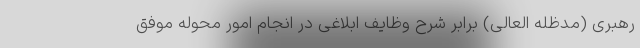
رهبری (مدظله العالی) برابر شرح وظایف ابلاغی در انجام امور محوله موفق